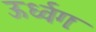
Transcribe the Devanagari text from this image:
ऊर्ध्वगः